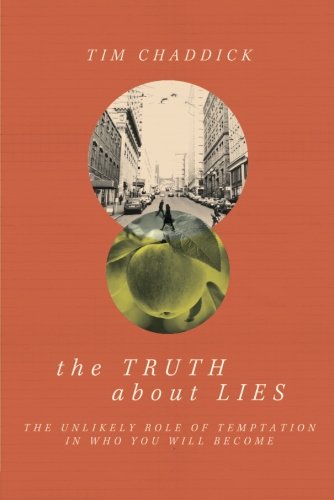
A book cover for The Truth about Lies: The Unlikely Role of Temptation in Who You Will Become; Tim Chaddick; Christian Books & Bibles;